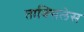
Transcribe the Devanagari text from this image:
ताक्सिलेस